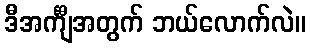
ဒီအင်္ကျီအတွက် ဘယ်လောက်လဲ။